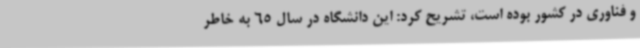
و فناوری در کشور بوده است، تشریح کرد: این دانشگاه در سال 65 به خاطر